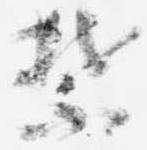
禁